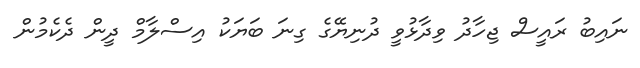
ނައިބު ރައީސް ޖިހާދު ވިދާޅުވީ ދުނިޔޭގެ ގިނަ ބަޔަކު އިސްލާމް ދީން ދެކެމުން